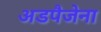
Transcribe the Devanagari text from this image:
अडपैजेना